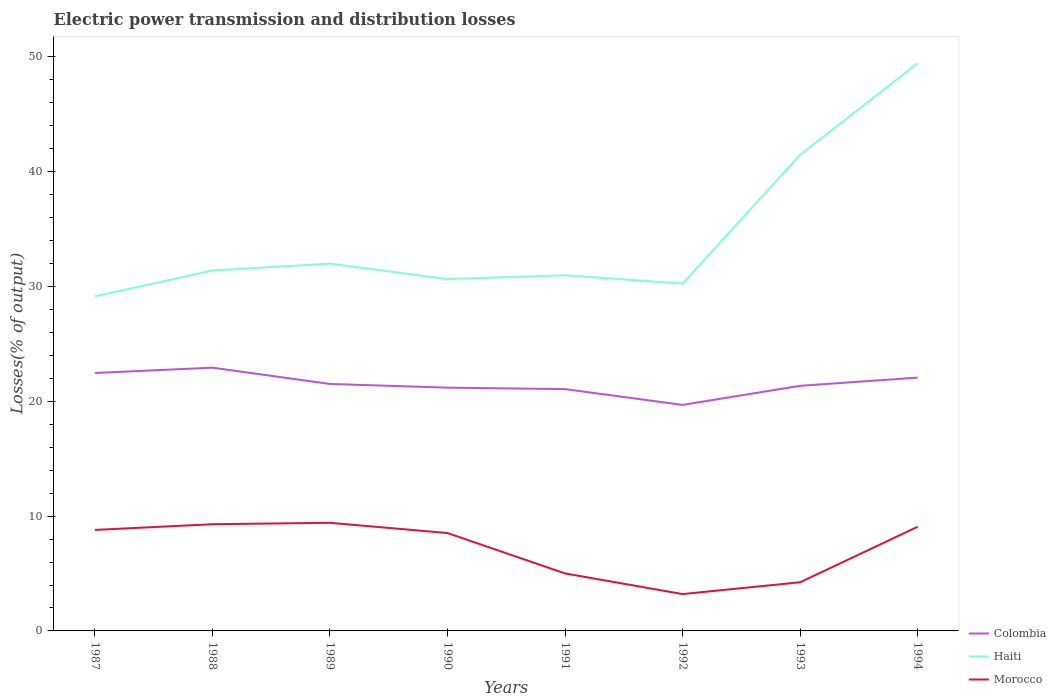
| Years | Colombia | Haiti | Morocco |
 | --- | --- | --- | --- |
 | 1987 | 22.5 | 29.1 | 8.8 |
 | 1988 | 22.9 | 31.4 | 9.29 |
 | 1989 | 21.5 | 32 | 9.42 |
 | 1990 | 21.2 | 30.7 | 8.53 |
 | 1991 | 21.1 | 31 | 5.01 |
 | 1992 | 19.7 | 30.3 | 3.21 |
 | 1993 | 21.4 | 41.5 | 4.24 |
 | 1994 | 22.1 | 49.5 | 9.08 |